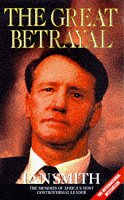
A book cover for The Great Betrayal:  The Memoirs of Africa's Most Controversial Leader; Ian Douglas Smith; History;